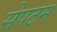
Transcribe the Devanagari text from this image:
सेपटम